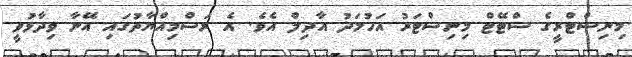
މިނިސްޓްރީގެ ސްޓޭޓް މިނިސްޓަރު އަހުމަދު އާދިލް އެވެ. އެ ރަސްމިއްޔާތުގައި އޭނާ ވިދާޅުވީ